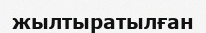
жылтыратылған